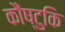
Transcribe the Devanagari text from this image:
कौंष्टुकि